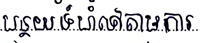
បន្ថយទំហំទៅតាម